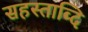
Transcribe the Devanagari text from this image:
सहस्ताब्दि